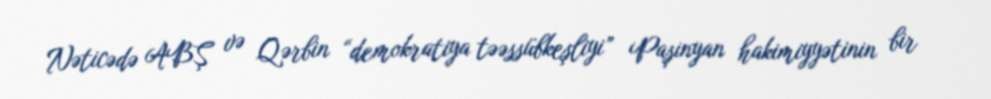
Nəticədə ABŞ və Qərbin “demokratiya təəssübkeşliyi” Paşinyan hakimiyyətinin bir